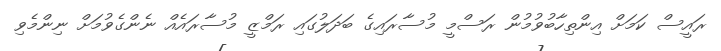
ރައީސް ކަމަށް އިންތިހާބުވުމުން ރަސްމީ މުސާރައިގެ ބަދަލުގައި ރަމްޒީ މުސާރައެއް ނެންގެވުމަށް ނިންމެވި